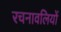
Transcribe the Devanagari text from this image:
रचनावलियों